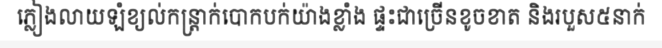
ភ្លៀងលាយឡំខ្យល់កន្ត្រាក់បោកបក់យ៉ាងខ្លាំង ផ្ទះជាច្រើនខូចខាត និងរបួស៥នាក់